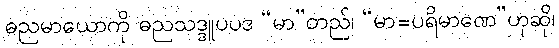
ဓညမာယောကို ဓညသဒ္ဒူပပဒ “မာ”တည်၊ “မာ=ပရိမာဏေ”ဟုဆို၊